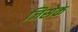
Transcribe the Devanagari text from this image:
जिसेक